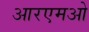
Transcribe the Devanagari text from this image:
आरएमओ